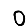
Digit: 0